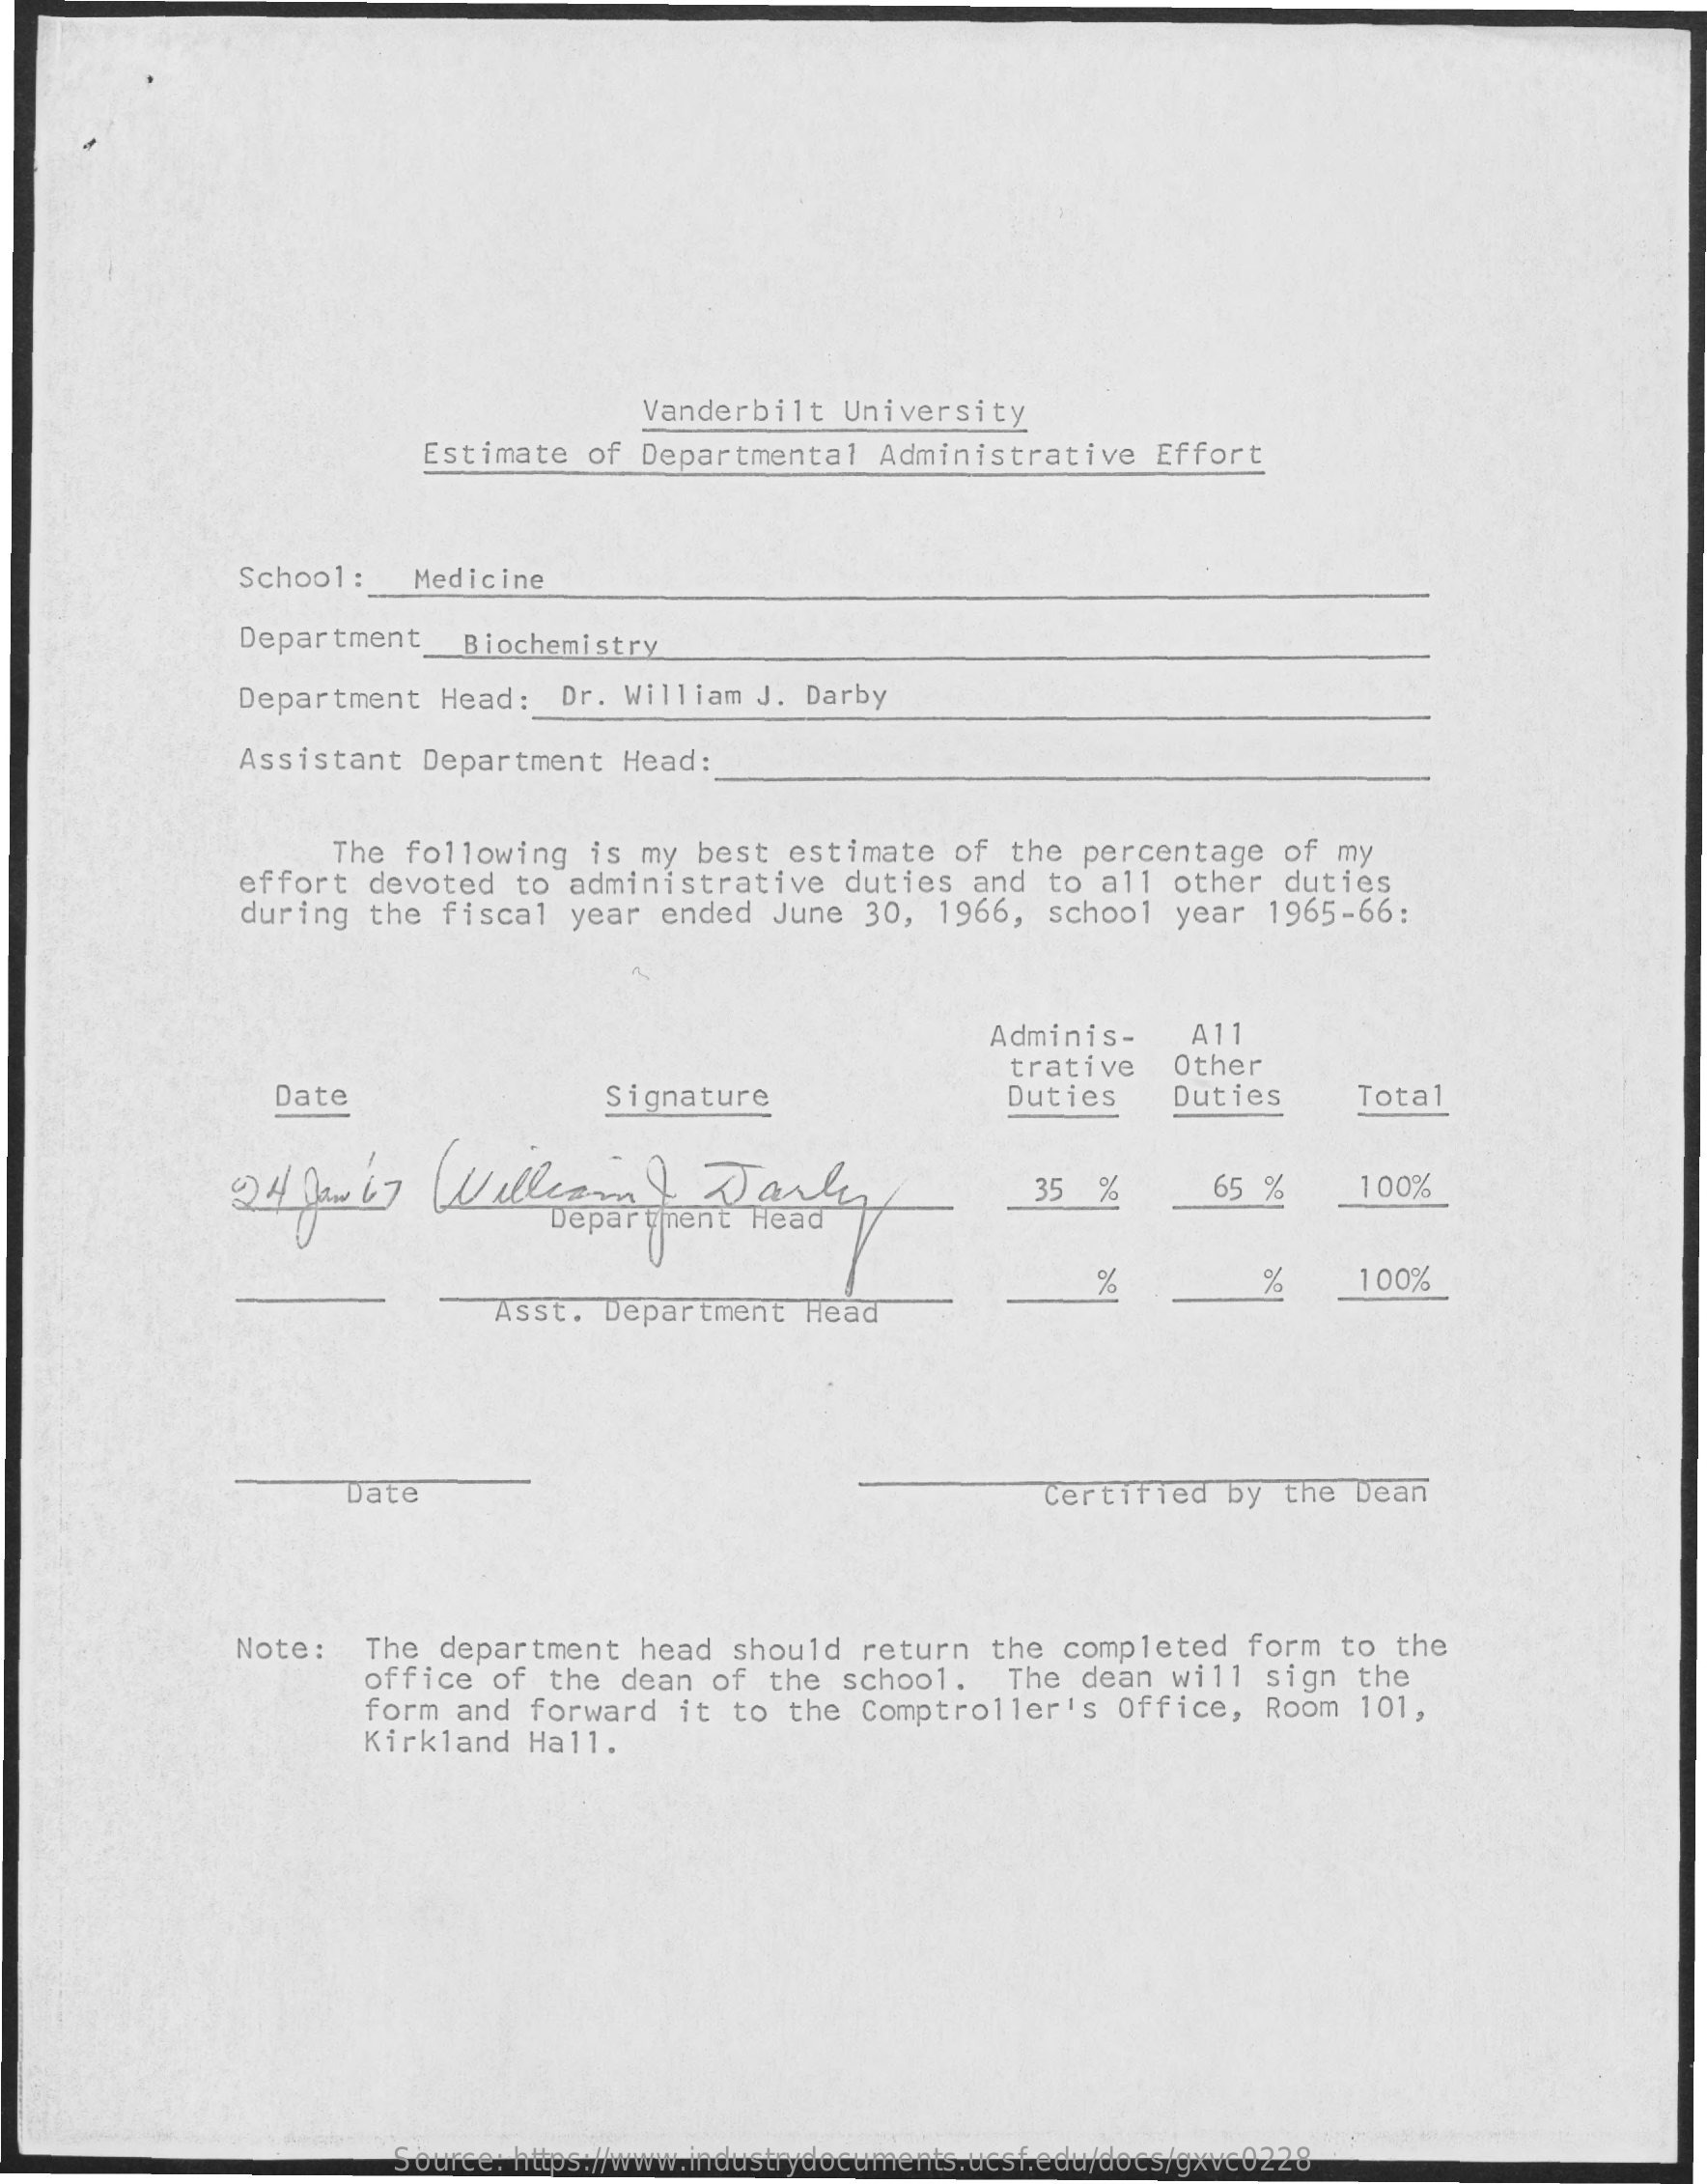
Vanderbilt  University
     Estimate  of Departmental    Administrative   Effort
     School:    Medicine
     Department    Biochemistry
     Department   Head:   Dr. William  J. Darby
     Assistant  Department   Head:
     The following   is my  best  estimate  of  the  percentage  of  my
     effort  devoted  to  administrative   duties   and  to all other   duties
     during  the  fiscal  year  ended  June  30, 1966,  school   year  1965-66:
     Adminis-    A1
     Date    Signature
     trative    Other
     Duties    Duties    Total
     24  Daw 67    Wellcom    )  Daily
     Department  Head
     35  %    65  %    1 00%
     %    %    100%
     Asst.  Department   Head
     Date    Certified   by  the Dean
     Note:    The department   head  should  return   the completed   form  to  the
     office  of the  dean  of  the school.    The  dean will   sign  the
     form and  forward   it to  the Comptroller's    Office,  Room   101,
     Kirkland  Hall.
     Source: https://www.industrydocuments.ucsf.edu/docs/gxvc0228